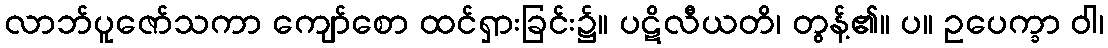
လာဘ်ပူဇော်သကာ ကျော်စော ထင်ရှားခြင်း၌။ ပဋိလီယတိ၊ တွန့်၏။ ပ။ ဥပေက္ခာ ဝါ၊